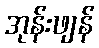
အုန်းဖျန်